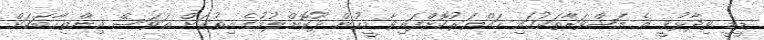
ޑީޑީ ވިދާޅުވީ އެ މަޝްވަރާތަކުގައި ހައްޔަރުކޮށްފައިވާ މީހުން ދޫކޮށްލުމުގެ އިތުރަށް އަވަސް އިންތިހާބަކަށް